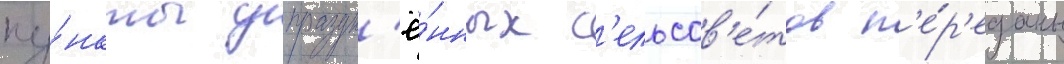
пу́нкты упраздн'ё́нных с'ельсов'е́тов п'е́р'еданы